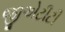
જીએટીટી